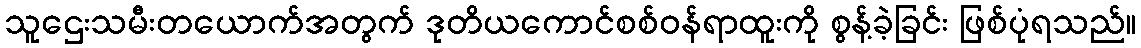
သူဌေးသမီးတယောက်အတွက် ဒုတိယကောင်စစ်ဝန်ရာထူးကို စွန့်ခဲ့ခြင်း ဖြစ်ပုံရသည်။